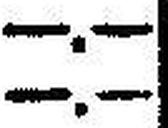
—.—